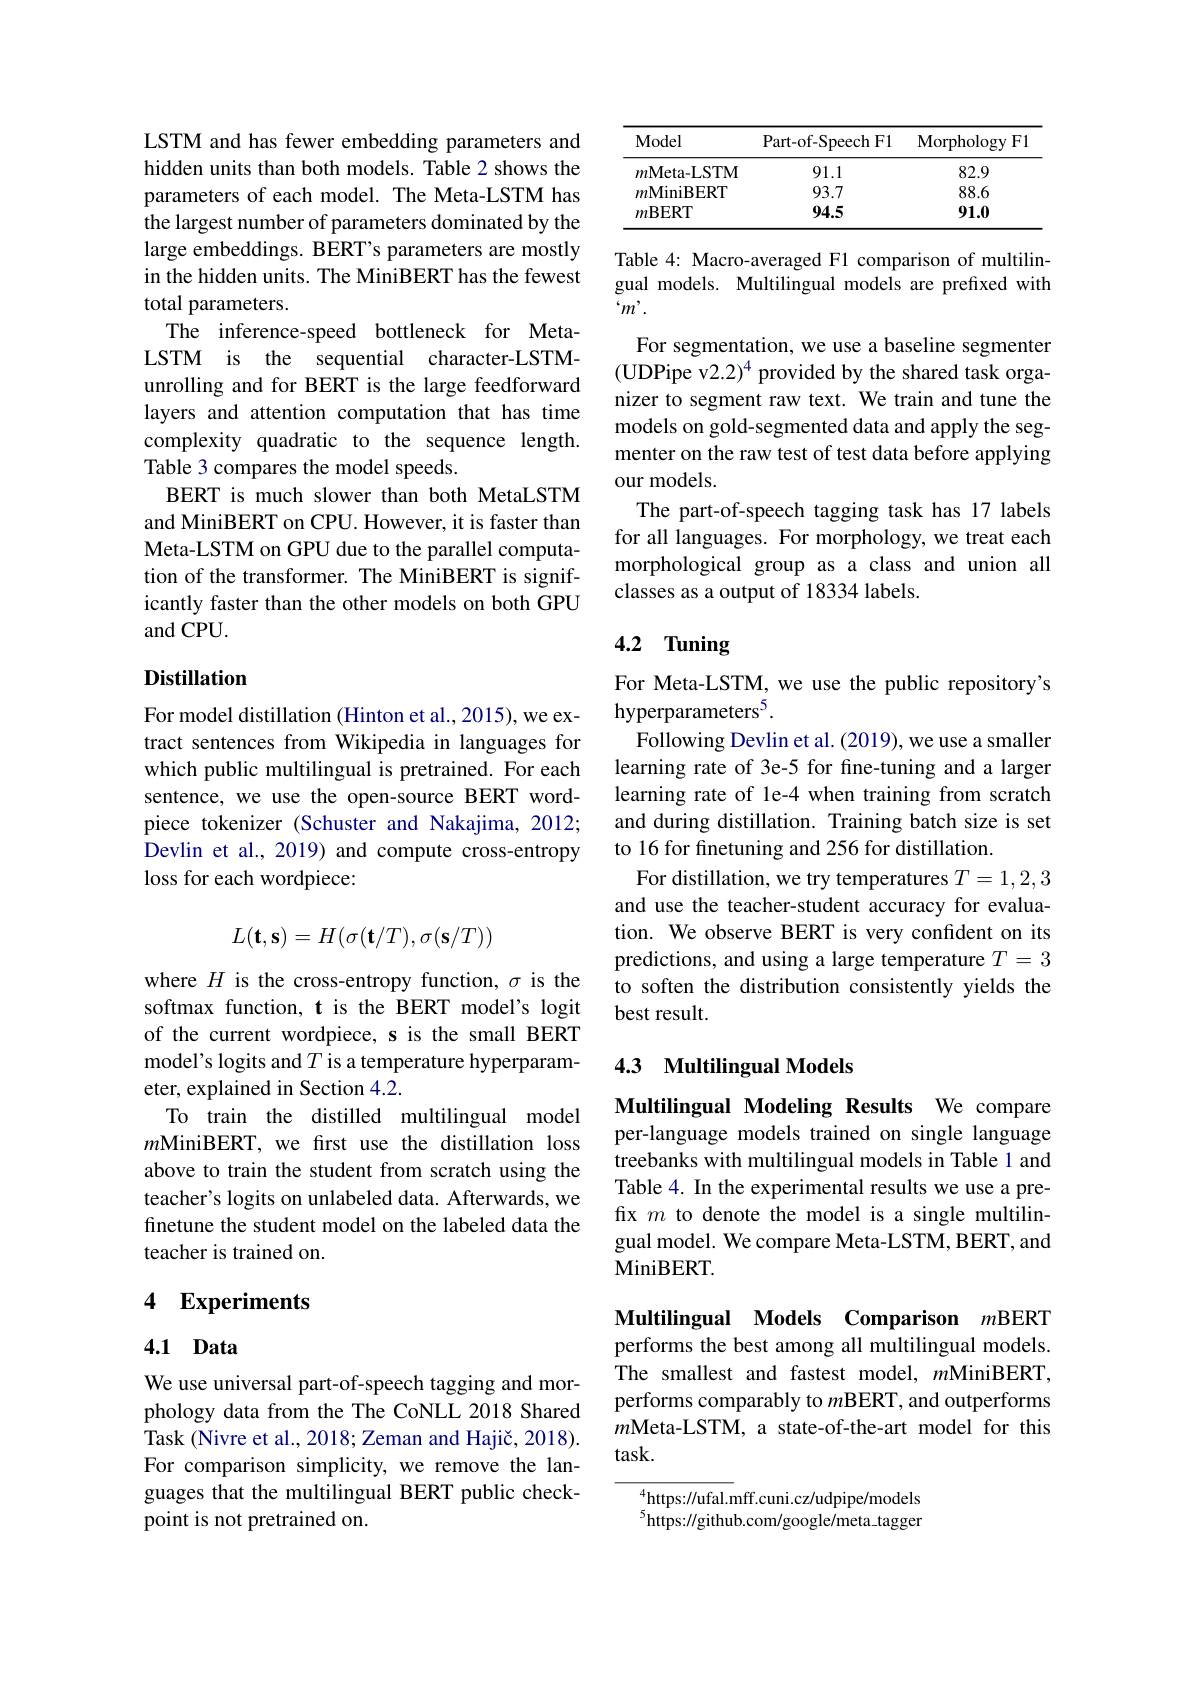
LSTM and has fewer embedding parameters and hidden units than both models. Table 2 shows the parameters of each model. The Meta-LSTM has the largest number of parameters dominated by the large embeddings. BERT's parameters are mostly in the hidden units. The MiniBERT has the fewest total parameters.
The inference-speed bottleneck for MetaLSTM is the sequential character-LSTMunrolling and for BERT is the large feedforward layers and attention computation that has time complexity quadratic to the sequence length. Table 3 compares the model speeds.
BERT is much slower than both MetaLSTM and MiniBERT on CPU. However, it is faster than Meta-LSTM on GPU due to the parallel computation of the transformer. The MiniBERT is significantly faster than the other models on both GPU and CPU.

### Distillation

For model distillation (Hinton et al.,2015), we extract sentences from Wikipedia in languages for which public multilingual is pretrained. For each sentence, we use the open-source BERT wordpiece tokenizer (Schuster and Nakajima, 2012; Devlin et al., 2019) and compute cross-entropy loss for each wordpiece:
$$L(\mathbf{t},\mathbf{s})=H(\sigma(\mathbf{t}/T),\sigma(\mathbf{s}/T))$$
where $H$ is the cross-entropy function, $\sigma$ is the softmax function, t is the BERT model's logit of the current wordpiece, s is the small BERT model's logits and $T$ is a temperature hyperparameter, explained in Section 4.2.
To train the distilled multilingual model $m$MiniBERT, we frst use the distillation loss above to train the student from scratch using the teacher's logits on unlabeled data. Afterwards, we finetune the student model on the labeled data the teacher is trained on.

## 4 Experiments

## 4.1 Data

We use universal part-of-speech tagging and morphology data from the The CoNLL 2018 Shared Task (Nivre et al., 2018; Zeman and Hajič, 2018). For comparison simplicity, we remove the languages that the multilingual BERT public checkpoint is not pretrained on.

<table>
	<tbody>
		<tr>
			<th>Model</th>
			<th>Part- of- Speech F1</th>
			<th>${\mathrm{Morphology}}$ $\mathbf{F}_{.}$ </th>
		</tr>
		<tr>
			<td>$m$Meta-LSTM</td>
			<td>91.1</td>
			<td>82.9</td>
		</tr>
		<tr>
			<td>$m$MiniBERT</td>
			<td>93.7</td>
			<td>88.6</td>
		</tr>
		<tr>
			<td>$m$BERT</td>
			<td>94.5</td>
			<td>91.0</td>
		</tr>
	</tbody>
</table>

Table 4: Macro-averaged F1 comparison of multilingual models. Multilingual models are prefixed with $“m’.$
For segmentation, we use a baseline segmenter (UDPipe v2.2)$^4$ provided by the shared task organizer to segment raw text. We train and tune the models on gold-segmented data and apply the segmenter on the raw test of test data before applying our models.
The part-of-speech tagging task has 17 labels for all languages. For morphology, we treat each morphological group as a class and union all classes as a output of 18334 labels.

# 4.2 Tuning

For Meta-LSTM, we use the public repository's
hyperparameters$^5.$
Following Devlin et al. (2019), we use a smaller learning rate of 3e-5 for fine-tuning and a larger learning rate of le-4 when training from scratch and during distillation. Training batch size is set to 16 for finetuning and 256 for distillation.
For distillation, we try temperatures $T=1,2,3$ and use the teacher-student accuracy for evaluation. We observe BERT is very confdent on its predictions, and using a large temperature $T=3$ to soften the distribution consistently yields the best result.

### 4.3 Multilingual Models

Multilingual Modeling Results We compare per-language models trained on single language treebanks with multilingual models in Table 1 and Table 4. In the experimental results we use a prefix $m$ to denote the model is a single multilingual model. We compare Meta-LSTM, BERT, and MiniBERT.

Multilingual Models Comparison $m$BERT performs the best among all multilingual models. The smallest and fastest model, $m$MiniBERT, performs comparably to $m$BERT, and outperforms $m$Meta-LSTM, a state-of-the-art model for this task.

${}_{5}^{4}$https://ufal.mff.cuni.cz/udpipe/models $^{5}$https://github.com/google/meta\_tagger